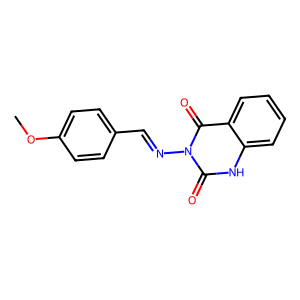
SMILES: COc1ccc(C=Nn2c(=O)[nH]c3ccccc3c2=O)cc1
Inhibits HIV replication: No